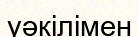
уәкілімен